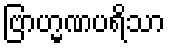
ဗြာဟ္မဏပရိသာ